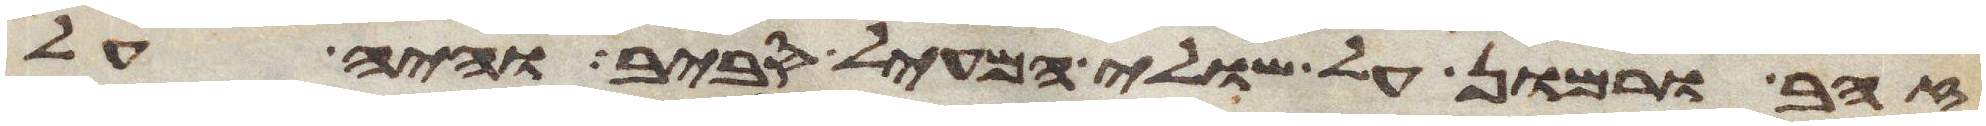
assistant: זהב ורמון על שולי המעיל סביב והיה על